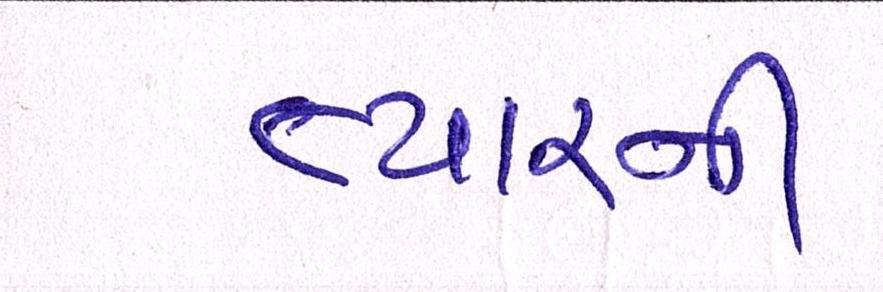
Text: ત્યારની